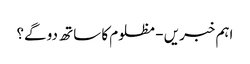
اہم خبریں - مظلوم کا ساتھ دو گے؟